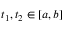
t _ { 1 } , t _ { 2 } \in [ a , b ]